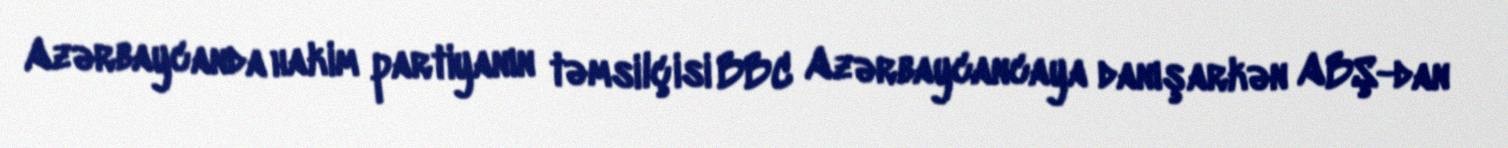
Azərbaycanda hakim partiyanın təmsilçisi BBC Azərbaycancaya danışarkən ABŞ-dan